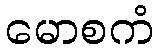
မောစကံ